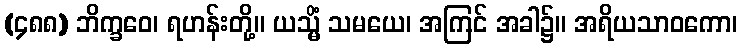
(၄၈၈) ဘိက္ခဝေ၊ ရဟန်းတို့။ ယသ္မိံ သမယေ၊ အကြင် အခါ၌။ အရိယသာဝကော၊